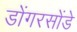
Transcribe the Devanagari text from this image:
डोंगरसोंडे